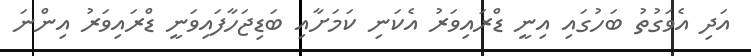
އަދި އެވަގުތު ބަހުގައި އިނީ ޑްރައިވަރު އެކަނި ކަމަށާއި ބަޑިޖަހާފައިވަނީ ޑްރައިވަރު އިންނަ